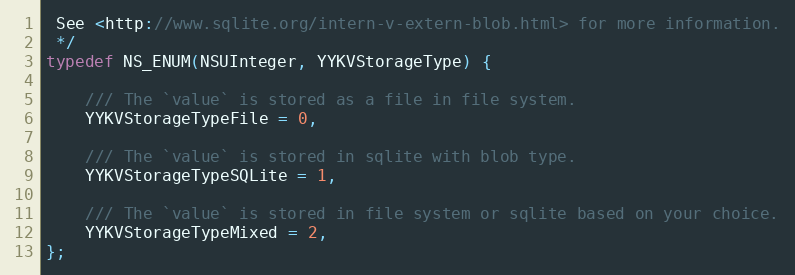
Language: C
 See <http://www.sqlite.org/intern-v-extern-blob.html> for more information.
 */
typedef NS_ENUM(NSUInteger, YYKVStorageType) {

    /// The `value` is stored as a file in file system.
    YYKVStorageTypeFile = 0,

    /// The `value` is stored in sqlite with blob type.
    YYKVStorageTypeSQLite = 1,

    /// The `value` is stored in file system or sqlite based on your choice.
    YYKVStorageTypeMixed = 2,
};